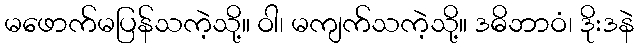
မဖောက်မပြန်သကဲ့သို့။ ဝါ၊ မကျက်သကဲ့သို့။ ဒဓိဘာဝံ၊ ဒိုးဒနဲ